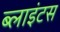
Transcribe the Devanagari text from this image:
ब्लाइंटस